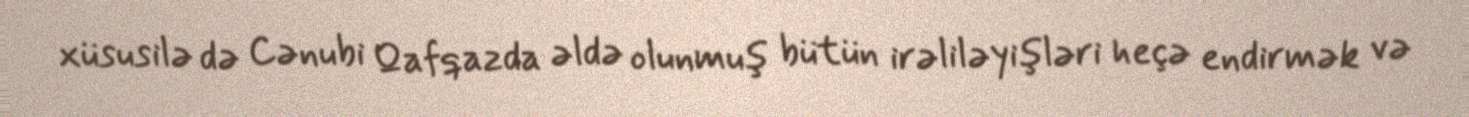
xüsusilə də Cənubi Qafqazda əldə olunmuş bütün irəliləyişləri heçə endirmək və